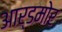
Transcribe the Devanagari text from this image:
आर्डमोर